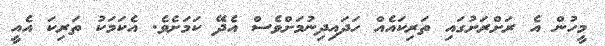
މީހުން އެ ރަށްރަށުގައި ތަރިކައެއް ހަދައިދިނުމަށްވެސް އެދޭ ކަމަށެވެ. އެކަމަކު ތަރިކަ އެއީ